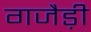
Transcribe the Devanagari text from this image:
गजैड़ी